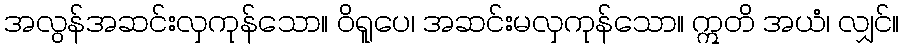
အလွန်အဆင်းလှကုန်သော။ ဝိရူပေ၊ အဆင်းမလှကုန်သော။ ဣတိ အယံ၊ လျှင်။